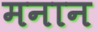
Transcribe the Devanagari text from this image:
मनान